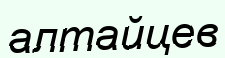
алтайцев